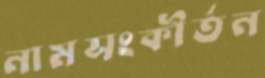
নামসংকীর্তন